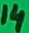
Text: 14